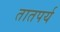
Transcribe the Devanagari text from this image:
तातपर्य